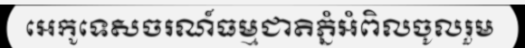
អេកូទេសចរណ៍ធម្មជាតិភ្នំអំពិលចូលរួម